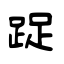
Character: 踀